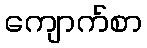
ကျောက်စာ